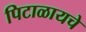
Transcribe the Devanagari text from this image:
पिटाळायचे